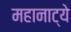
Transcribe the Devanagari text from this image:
महानाट्ये